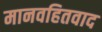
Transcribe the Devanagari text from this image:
मानवहितवाद